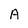
Character: A